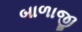
બાળાજી